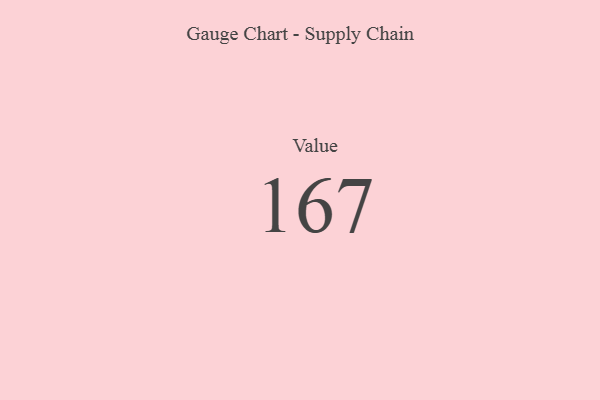
{"axis": {"x": "Metric", "y": "Value"}, "legend": [""], "data": [{"x": "Value", "y": 167, "type": ""}]}